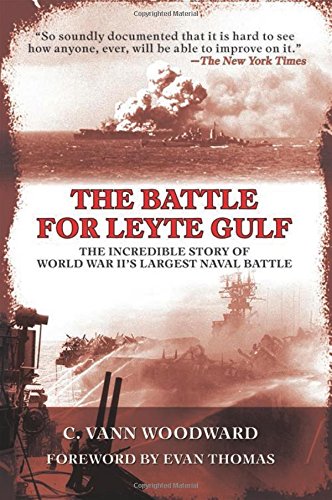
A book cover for The Battle for Leyte Gulf: The Incredible Story of World War II's Largest Naval Battle; C. Vann Woodward; History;